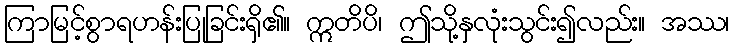
ကြာမြင့်စွာရဟန်းပြုခြင်းရှိ၏။ ဣတိပိ၊ ဤသို့နှလုံးသွင်း၍လည်း။ အဿ၊